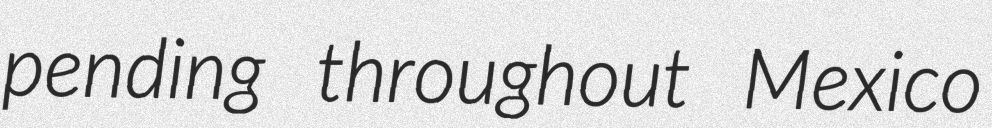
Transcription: pending throughout Mexico